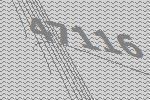
47116